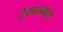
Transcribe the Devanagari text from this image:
टेम्पलबोरो